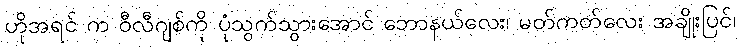
ဟိုအရင် က ဝီလီဂျစ်ကို ပုံသွက်သွားအောင် ဘောနယ်လေး၊ မတ်ကတ်လေး အချိုးပြင်၊